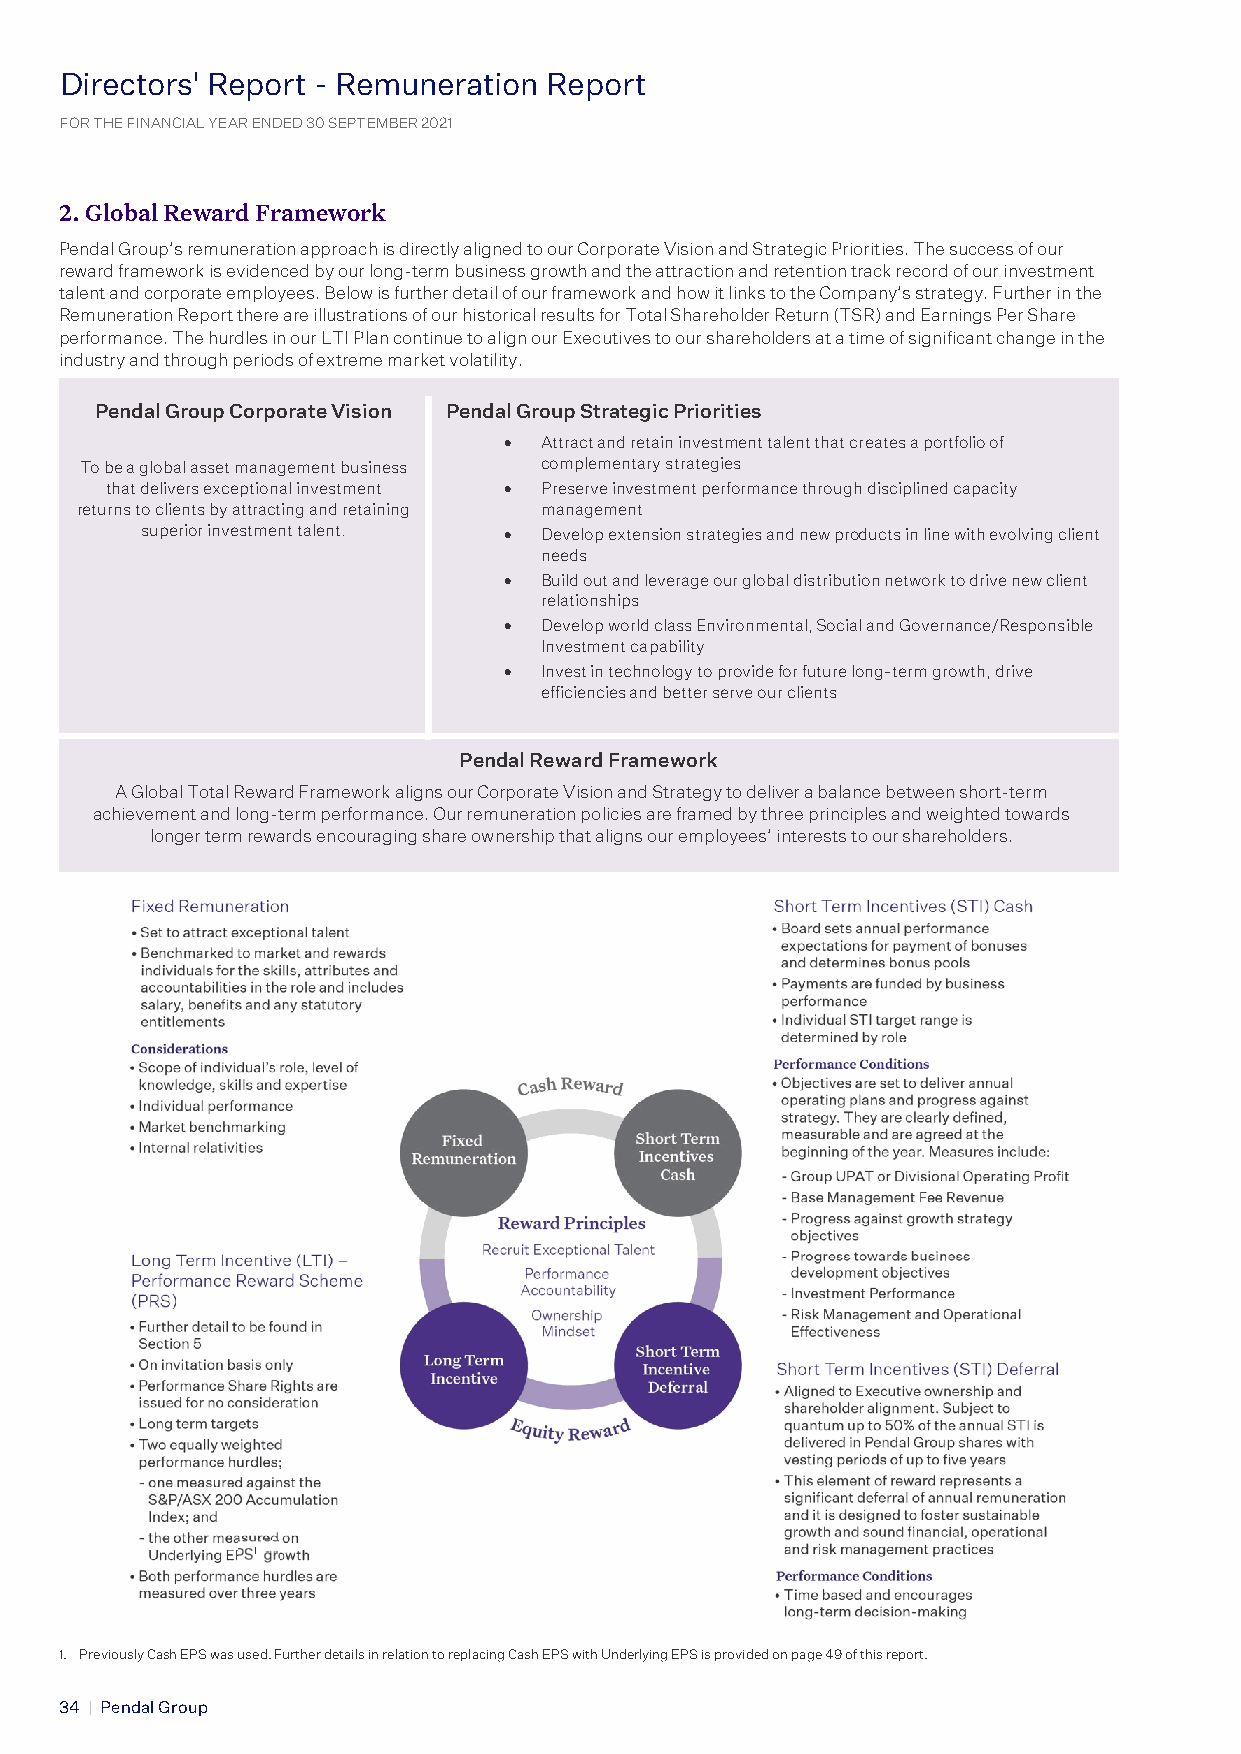
Directors' Report - Remuneration Report
 D FORi r Te HEc FIt No ANr Cs IA’ L YR EAe R p ENo DEr Dt 3 0− S ER PTe EMm BERu 2n 02e 1 ration Report
 FOR THE FINANCIAL YEAR ENDED 30 SEPTEMBER 2021
 2. Global Reward Framework
 Pendal Group’s remuneration approach is directly aligned to our Corporate Vision and Strategic Priorities. The success of our
 reward framework is evidenced by our long-term business growth and the attraction and retention track record of our investment
 talent and corporate employees. Below is further detail of our framework and how it links to the Company’s strategy. Further in the
 Remuneration Report there are illustrations of our historical results for Total Shareholder Return (TSR) and Earnings Per Share
 performance. The hurdles in our LTI Plan continue to align our Executives to our shareholders at a time of significant change in the
 industry and through periods of extreme market volatility.
 Pendal Group Corporate Vision Pendal Group Strategic Priorities
 •  Attract and retain investment talent that creates a portfolio of
 To be a global asset management business complementary strategies
 that delivers exceptional investment • Preserve investment performance through disciplined capacity
 returns to clients by attracting and retaining management
 superior investment talent. • Develop extension strategies and new products in line with evolving client
 needs
 •  Build out and leverage our global distribution network to drive new client
 relationships
 •  Develop world class Environmental, Social and Governance/Responsible
 Investment capability
 •  Invest in technology to provide for future long-term growth, drive
 efficiencies and better serve our clients
 Pendal Reward Framework
 A Global Total Reward Framework aligns our Corporate Vision and Strategy to deliver a balance between short-term
 achievement and long-term performance. Our remuneration policies are framed by three principles and weighted towards
 longer term rewards encouraging share ownership that aligns our employees’ interests to our shareholders.
 1
 1. Previously Cash EPS was used. Further details in relation to replacing Cash EPS with Underlying EPS is provided on page 49 of this report.
 3 4 | Pendal Group